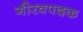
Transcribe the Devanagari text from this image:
गौरवपदक